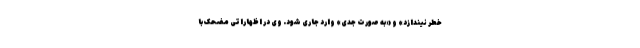
خطر نیندازد» و «به صورت جدی»‌ وارد جاری شود. وی در اظهاراتی مضحک با